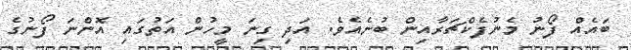
ބައެއް ފޯނު މެނުފެކްޗަރާއިން ބުނެއެވެ. އަދި ގިނަ މީހުން އަތުގައި އޮންނަ ފޯނުގެ